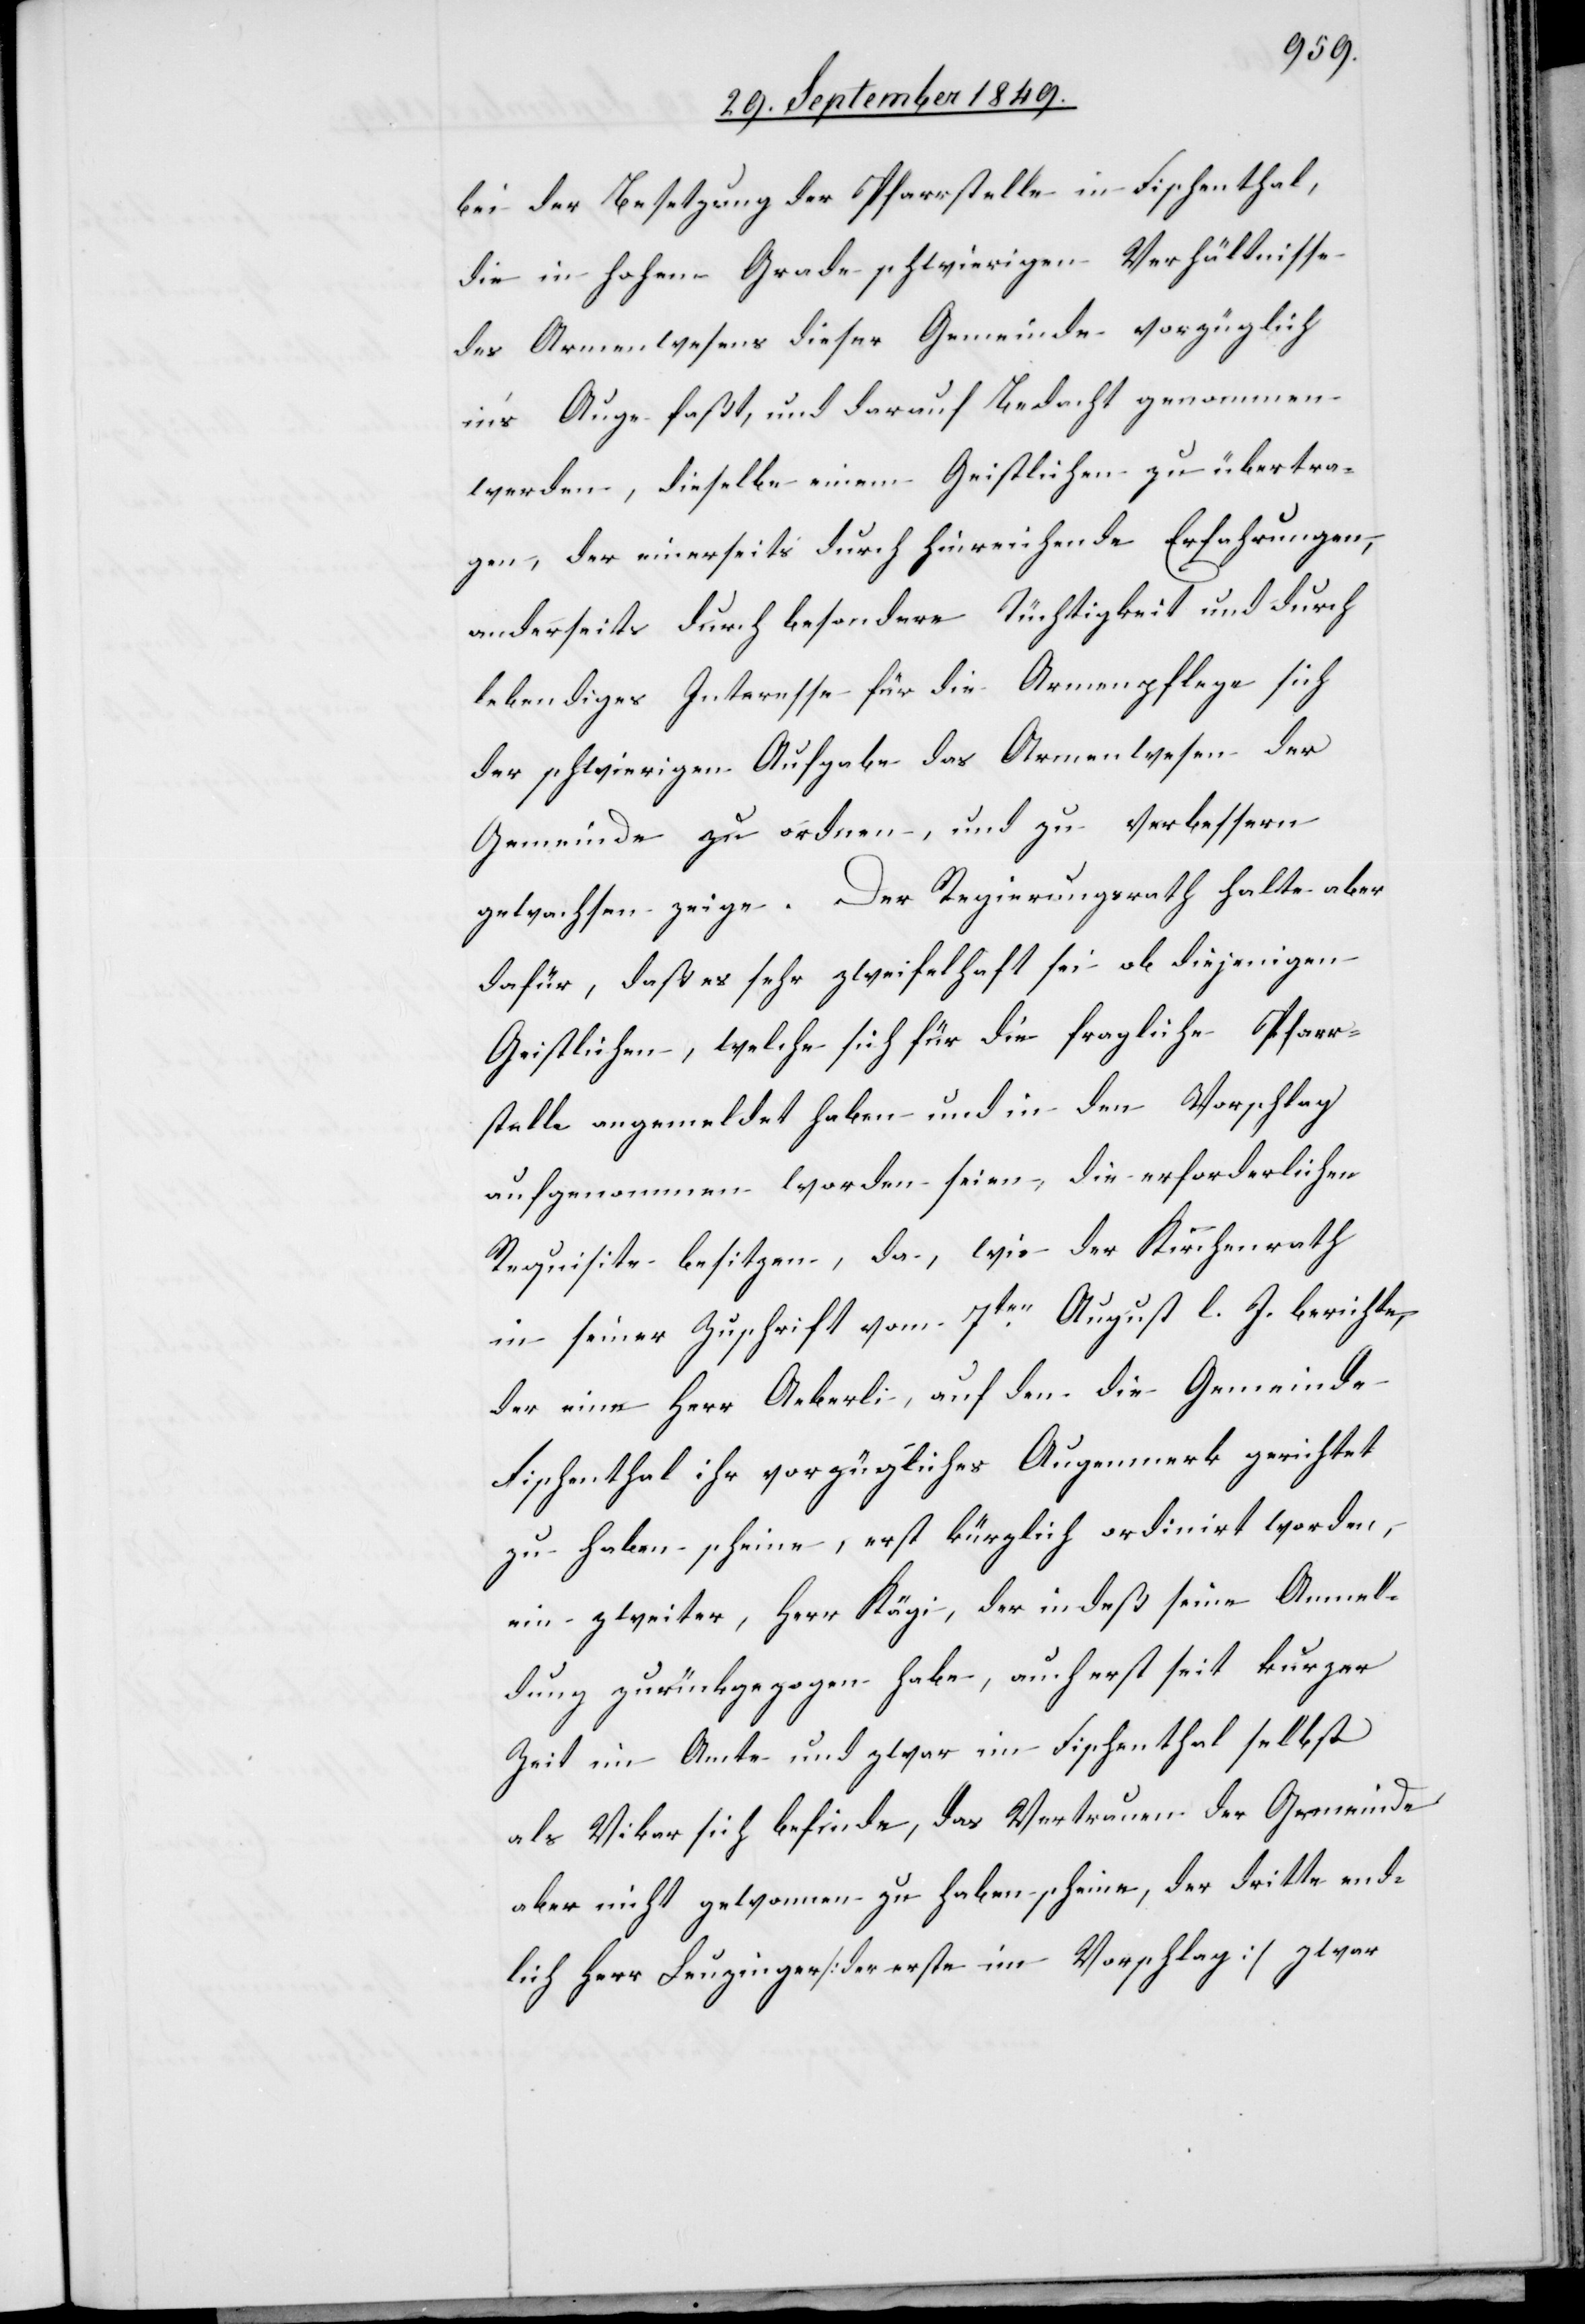
bei der Besetzung der Pfarrstelle in Fischenthal,
die in hohem Grade schwierigen Verhältnisse
des Armenwesens dieser Gemeinde vorzüglich
in’s Auge faßt, und darauf Bedacht genommen
werden, dieselbe einem Geistlichen zu übertra¬
gen, der einerseits durch hinreichende Erfahrungen,
anderseits durch besondere Tüchtigkeit und durch
lebendiges Interesse für die Armenpflege sich
der schwierigen Aufgabe das Armenwesen der
Gemeinde zu ordnen, und zu verbessern
gewachsen zeige. Der Regierungsrath halte aber
dafür, daß es sehr zweifelhaft sei ob diejenigen
Geistlichen, welche sich für die fragliche Pfarr¬
stelle angemeldet haben und in den Vorschlag
aufgenommen worden seien, die erforderlichen
Requisite besitzen, da, wie der Kirchenrath
in seiner Zuschrift vom 7ten August l. J. berichte,
der eine Herr Aeberli, auf den die Gemeinde
Fischenthal ihr vorzügliches Augenmerk gerichtet
zu haben scheine, erst kürzlich ordinirt worden,
ein zweiter, Herr Kägi, der indeß seine Anmel¬
dung zurückgezogen habe, auch erst seit kurzer
Zeit im Amte und zwar im Fischenthal selbst
als Vikar sich befinde, das Vertrauen der Gemeinde
aber nicht gewonnen zu haben scheine, der dritte end¬
lich Herr Leuzinger [der erste im Vorschlag] zwar